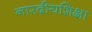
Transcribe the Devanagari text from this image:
नारदीयशिक्षा